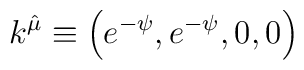
k^{\hat \mu} \equiv \left (e^{-\psi}, e^{-\psi}, 0, 0 \right )